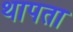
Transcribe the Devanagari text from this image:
थापता